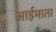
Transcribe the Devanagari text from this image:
आईमाता